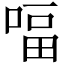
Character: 𠸢